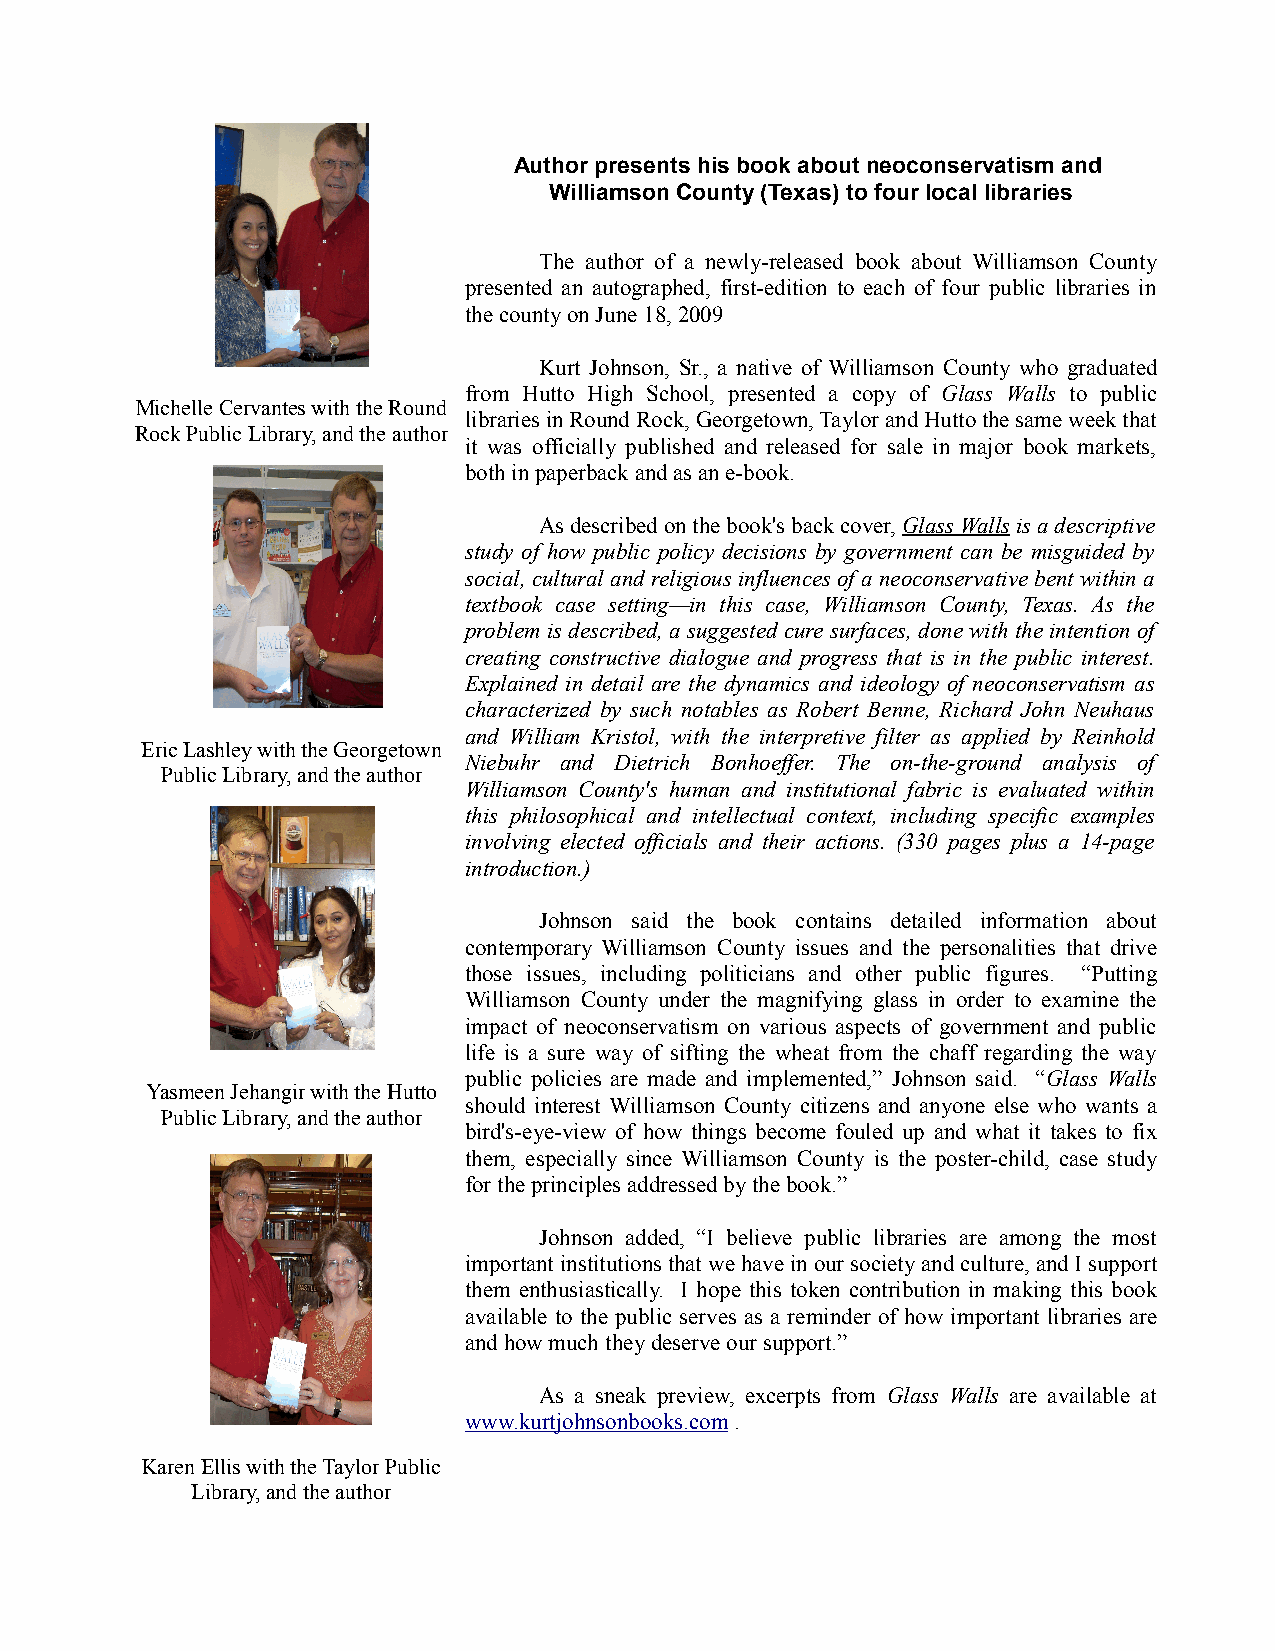
Author presents his book about neoconservatism and
 Williamson County (Texas) to four local libraries
 The author of a newly-released book about Williamson County
 presented an autographed, first-edition to each of four public libraries in
 the county on June 18, 2009
 Kurt Johnson, Sr., a native of Williamson County who graduated
 from Hutto High School, presented a copy of Glass Walls to public
 Michelle Cervantes with the Round
 libraries in Round Rock, Georgetown, Taylor and Hutto the same week that
 Rock Public Library, and the author
 it was officially published and released for sale in major book markets,
 both in paperback and as an e-book.
 As described on the book's back cover, Glass Walls is a descriptive
 study of how public policy decisions by government can be misguided by
 social, cultural and religious influences of a neoconservative bent within a
 textbook case setting—in this case, Williamson County, Texas. As the
 problem is described, a suggested cure surfaces, done with the intention of
 creating constructive dialogue and progress that is in the public interest.
 Explained in detail are the dynamics and ideology of neoconservatism as
 characterized by such notables as Robert Benne, Richard John Neuhaus
 and William Kristol, with the interpretive filter as applied by Reinhold
 Eric Lashley with the Georgetown
 Niebuhr and Dietrich Bonhoeffer. The on-the-ground analysis of
 Public Library, and the author
 Williamson County's human and institutional fabric is evaluated within
 this philosophical and intellectual context, including specific examples
 involving elected officials and their actions. (330 pages plus a 14-page
 introduction.)
 Johnson said the book contains detailed information about
 contemporary Williamson County issues and the personalities that drive
 those issues, including politicians and other public figures. “Putting
 Williamson County under the magnifying glass in order to examine the
 impact of neoconservatism on various aspects of government and public
 life is a sure way of sifting the wheat from the chaff regarding the way
 public policies are made and implemented,” Johnson said. “Glass Walls
 Yasmeen Jehangir with the Hutto
 should interest Williamson County citizens and anyone else who wants a
 Public Library, and the author
 bird's-eye-view of how things become fouled up and what it takes to fix
 them, especially since Williamson County is the poster-child, case study
 for the principles addressed by the book.”
 Johnson added, “I believe public libraries are among the most
 important institutions that we have in our society and culture, and I support
 them enthusiastically. I hope this token contribution in making this book
 available to the public serves as a reminder of how important libraries are
 and how much they deserve our support.”
 As a sneak preview, excerpts from Glass Walls are available at
 www.kurtjohnsonbooks.com .
 Karen Ellis with the Taylor Public
 Library, and the author